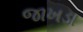
જાખડા